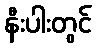
နီးပါးတွင်